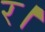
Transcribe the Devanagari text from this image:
र।